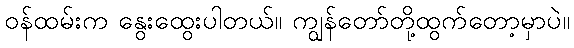
ဝန်ထမ်းက နွေးထွေးပါတယ်။ ကျွန်တော်တို့ထွက်တော့မှာပဲ။